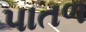
પાતળ